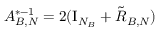
A _ { B , N } ^ { * - 1 } = 2 ( \mathrm { I } _ { N _ { B } } + \tilde { R } _ { B , N } )